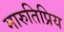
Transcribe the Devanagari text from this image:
मारुतिप्रिय